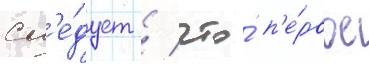
сл'е́дует / что́ п'е́рвое